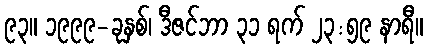
၉၃။ ၁၉၉၉-ခုနှစ်၊ ဒီဇင်ဘာ ၃၁ ရက် ၂၃:၅၉ နာရီ။